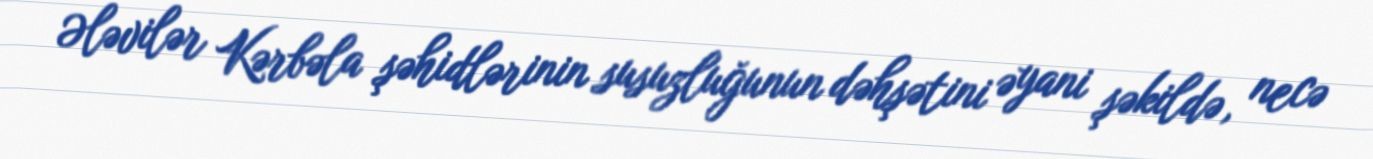
Ələvilər Kərbəla şəhidlərinin susuzluğunun dəhşətini əyani şəkildə, necə